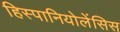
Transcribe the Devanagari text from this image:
हिस्पानियोलेंसिस